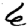
Digit: 6